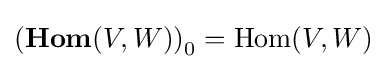
\left(\mathbf {Hom} (V,W)\right)_{0}=\mathrm {Hom} (V,W)